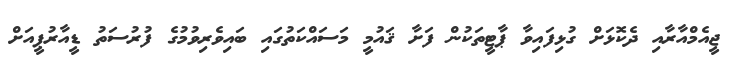
ޖީއެމްއާރާއި ދެކޮޅަށް ގުޅިފައިވާ ޕާޓީތަކުން ފަށާ ޤައުމީ މަަސައްކަތުގައި ބައިވެރިވުމުގެ ފުރުސަތު ޑީއާރުޕީއަށް